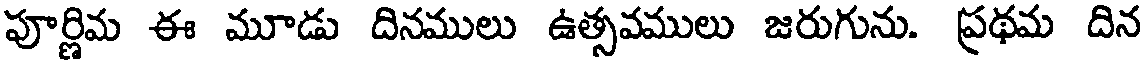
పూర్ణిమ ఈ మూడు దినములు ఉత్సవములు జరుగును. ప్రథమ దిన